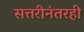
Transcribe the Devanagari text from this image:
सत्तरीनंतरही